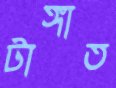
টাঙ্গাত